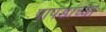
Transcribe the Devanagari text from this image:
पापडाच्या